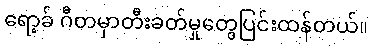
ရော့ခ် ဂီတမှာတီးခတ်မှုတွေပြင်းထန်တယ်။